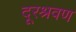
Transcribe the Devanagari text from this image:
दूरश्रवण